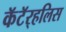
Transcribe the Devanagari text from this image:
कॅटॅर्‍हलिस